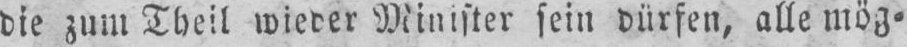
Minister sein dürfen, alle mög⸗